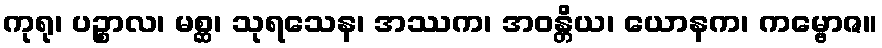
ကုရု၊ ပဉ္စာလ၊ မစ္ဆ၊ သုရသေန၊ အဿက၊ အဝန္တိယ၊ ယောနက၊ ကမ္ဗောဇ။